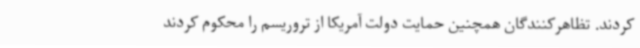
کردند. تظاهرکنندگان همچنین حمایت دولت آمریکا از تروریسم را محکوم کردند